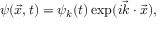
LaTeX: \psi ( { \vec { x } } , t ) = \psi _ { k } ( t ) \exp ( i { \vec { k } } \cdot { \vec { x } } ) ,